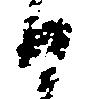
候